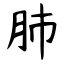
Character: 肺